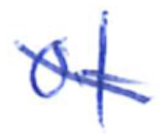
Text: of
Cross-out: mix
Writing tool: ballpoint